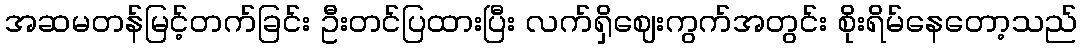
အဆမတန်မြင့်တက်ခြင်း ဦးတင်ပြထားပြီး လက်ရှိဈေးကွက်အတွင်း စိုးရိမ်နေတော့သည်